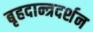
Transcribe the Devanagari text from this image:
बृहदान्त्रदर्शन